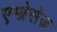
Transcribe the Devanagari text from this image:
एम्ब्रेसेज़